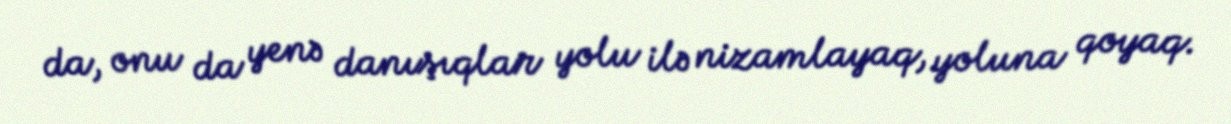
da, onu da yenə danışıqlar yolu ilə nizamlayaq, yoluna qoyaq.